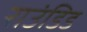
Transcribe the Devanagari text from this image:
राउंडिड